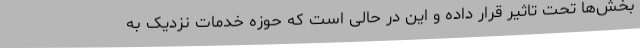
بخش‌ها تحت تاثیر قرار داده و این در حالی است که حوزه خدمات نزدیک به